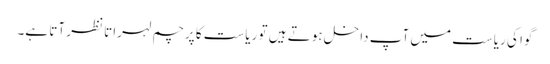
گوا کی ریاست میں آپ داخل ہوتے ہیں تو ریاست کا پرچم لہراتا نظر آتا ہے۔